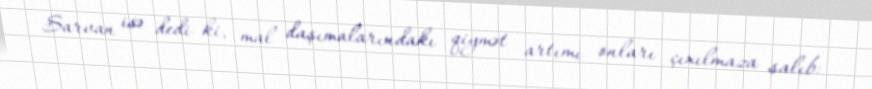
Sarvan isə dedi ki, mal daşımalarındakı qiymət artımı onları çıxılmaza salıb: